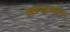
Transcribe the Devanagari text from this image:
आत्मशक्तीवर